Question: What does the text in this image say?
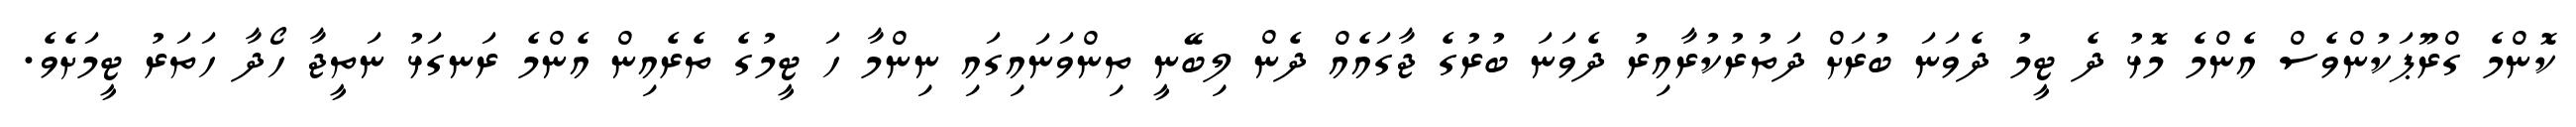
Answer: ކޮންމެ ގްރޫޕަކުންވެސް އެންމެ މޮޅު ދެ ޓީމު ދެވަނަ ބުރަށް ދަތުރުކުރާއިރު ދެވަނަ ބުރުގެ ޖާގައެއް ދެން ލިބޭނީ ތިންވަނައިގައި ނިންމާ ހަ ޓީމުގެ ތެރެއިން އެންމެ ރަނގަޅު ނަތީޖާ ހޯދާ ހަތަރު ޓީމަށެވެ.